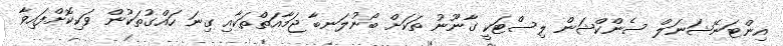
އިންޓަނޭޝަނަލް ސެންކްޝަން ލިސްޓަކީ ގާނޫނު ތަކަށް ބޯނުލަނބާ ޖަމާއަތްތަކާއި ގިނަ ހައްގުތަކުން ވަކިކޮށްފައިވާ